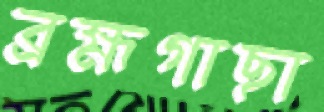
ব্রহ্মগাছা